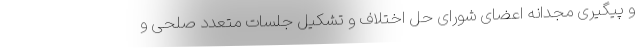
و پیگیری مجدّانه اعضای شورای حل اختلاف و تشکیل جلسات متعدد صلحی و